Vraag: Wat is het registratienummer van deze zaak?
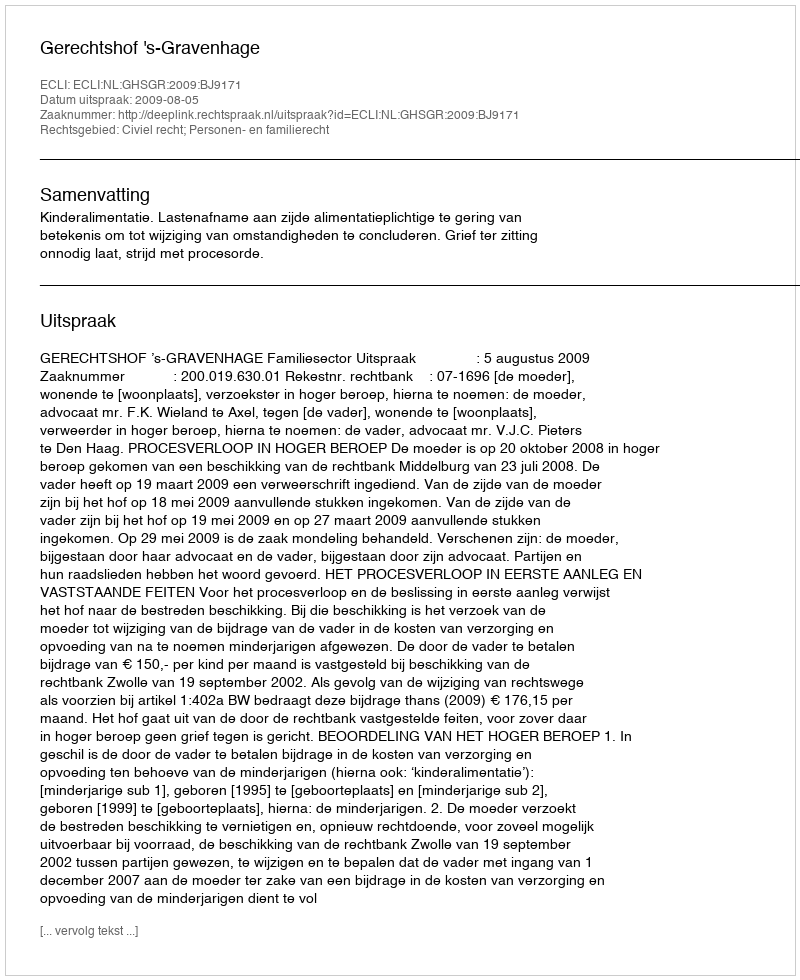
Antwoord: http://deeplink.rechtspraak.nl/uitspraak?id=ECLI:NL:GHSGR:2009:BJ9171